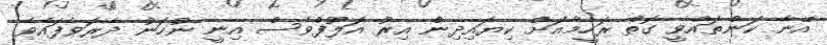
އޭނާ ކަންތައްވީ ގޮތް ރަހީމާއަށް ކިޔައިދިން އިރު އަލޫފްވެސް އިނީ ނުހަނު ދެރަވެފައެވެ.